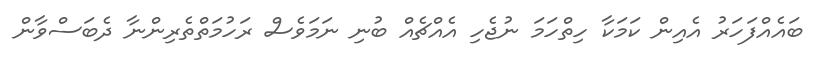
ބައެއްފަހަރު އެއިން ކަމަކާ ހިތްހަމަ ނުޖެހި އެއްޗެއް ބުނި ނަމަވެސް ރަހުމަތްތެރިންނާ ދެބަސްވާން